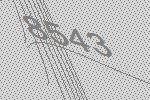
8543